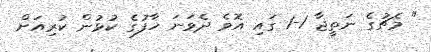
" މެޗުގެ ނަތީޖާ 1-1 ގައި އޮވެ ދެވަނަ ހާފުގެ ކުޅުން ކުރިއަށް